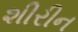
શીરીન